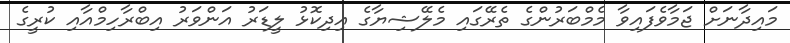
މައިދާނަށް ޖަމާވެފައިވާ މެމްބަރުންގެ ތެރޭގައި މެލޭޝިޔާގެ އިދިކޮޅު ލީޑަރު އަންވަރު އިބްރާހިމްއާއި ކުރީގެ